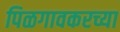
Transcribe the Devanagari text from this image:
पिळगावकरच्या